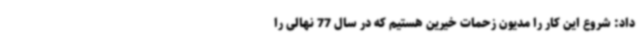
داد: شروع این کار را مدیون زحمات خیرین هستیم که در سال 77 نهالی را